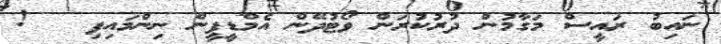
ނައިބު ރައީސް މަގާމުން ދުރުކުރަން ވޯޓުދޭން އެމްޑީޕީން ނިންމައިފި   !